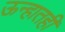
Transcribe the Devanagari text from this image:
ऊन्हातही